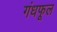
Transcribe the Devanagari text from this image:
गंधफूल